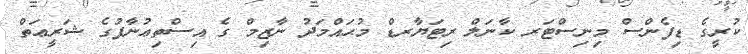
ކުރީގެ ޑިފެންސް މިނިސްޓަރ ކާނަލް ރިޓަޔާރޑް މުޙައްމަދު ނާޒިމް ގެ އިސްތިޢުނާފުގެ ޝަރީޢަތް